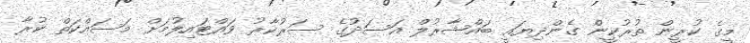
މީގެ ކުރީން ތުރުކީން ގެންދިޔައީ ބައްޝާރުލް އަސަދުގެ ސަރުކާރު ވައްޓައިލުމަށް މަސައްކަތް ކުރާ